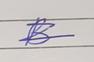
Signature authenticity: genuine